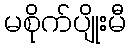
မစိုက်ပျိုးမီ